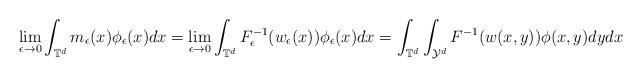
LaTeX: \begin{align*}\lim_{\epsilon\rightarrow 0}\int_{\mathbb{T}^d}m_\epsilon(x ) \phi_\epsilon (x )dx=\lim_{\epsilon\rightarrow 0}\int_{\mathbb{T}^d}F^{-1}_\epsilon(w_\epsilon (x ) ) \phi_\epsilon (x )dx=\int_{\mathbb{T}^d}\int_{\mathcal{Y}^d}F^{-1}(w (x,y ))\phi (x,y )dydx \end{align*}